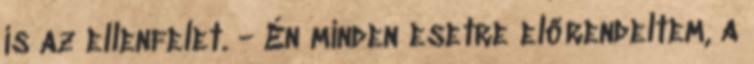
is az ellenfelet. - Én minden esetre előrendeltem, a